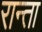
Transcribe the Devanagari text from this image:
रान्ता